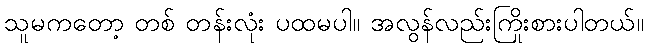
သူမကတော့ တစ် တန်းလုံး ပထမပါ။ အလွန်လည်းကြိုးစားပါတယ်။